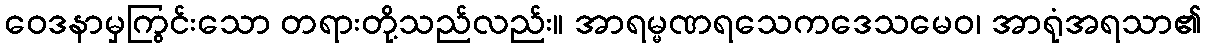
ဝေဒနာမှကြွင်းသော တရားတို့သည်လည်း။ အာရမ္မဏရသေကဒေသမေဝ၊ အာရုံအရသာ၏